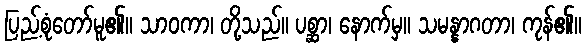
ပြည့်စုံတော်မူ၏။ သာဝကာ၊ တို့သည်။ ပစ္ဆာ၊ နောက်မှ။ သမန္နာဂတာ၊ ကုန်၏။